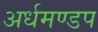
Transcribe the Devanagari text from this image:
अर्धमण्डप